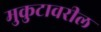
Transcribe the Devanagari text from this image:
मुकुटावरील